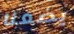
يضعنا